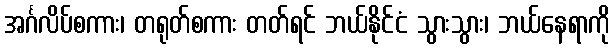
အင်္ဂလိပ်စကား၊ တရုတ်စကား တတ်ရင် ဘယ်နိုင်ငံ သွားသွား၊ ဘယ်နေရာကို